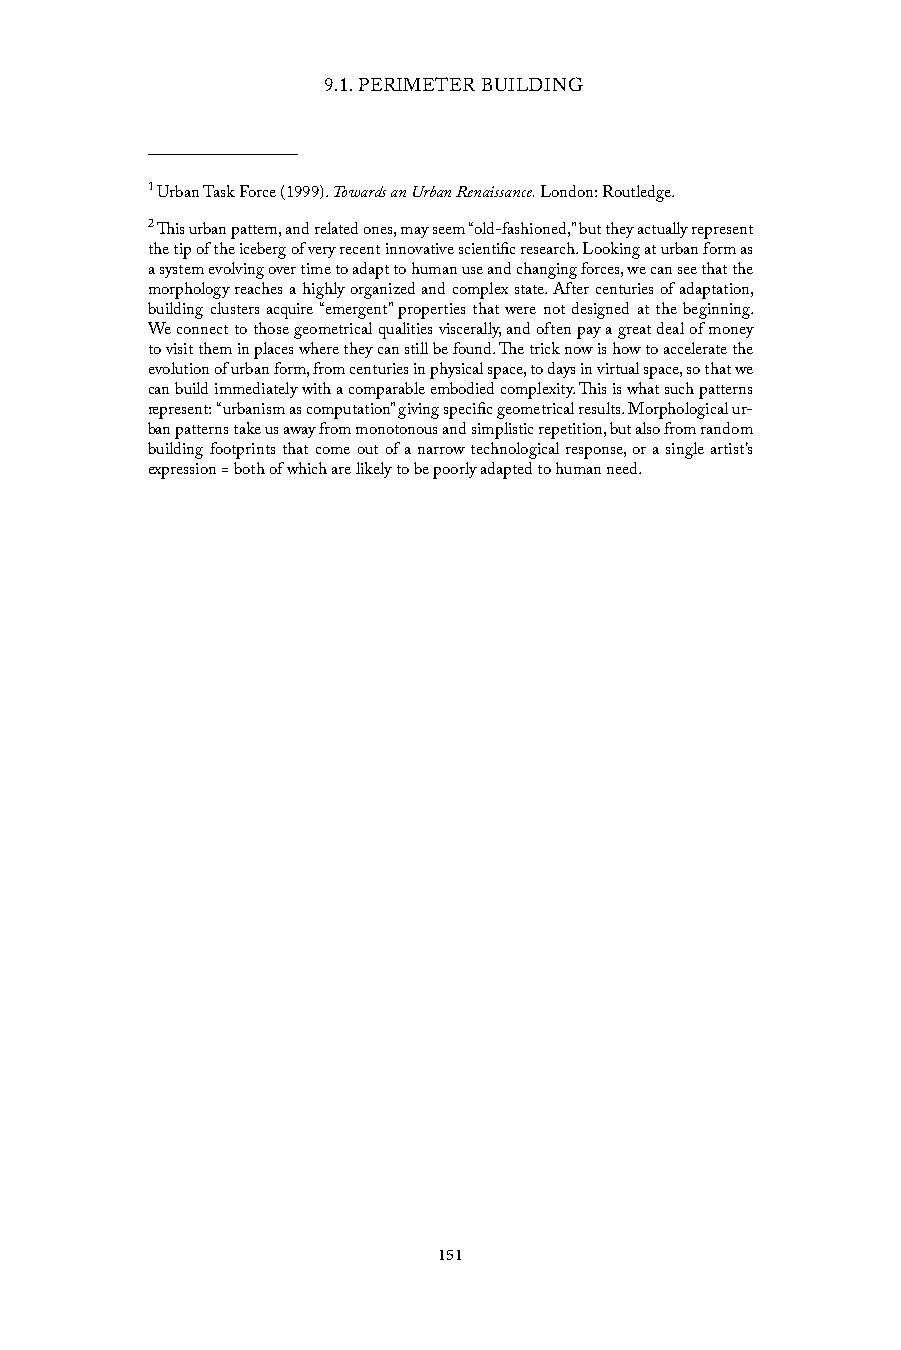
9.1. PERIMETER BUILDING
 1 Urban Task Force (1999). Towards an Urban Renaissance. London: Routledge.
 2 This urban pattern, and related ones, may seem “old-fashioned,” but they actually represent
 the tip of the iceberg of very recent innovative scientific research. Looking at urban form as
 a system evolving over time to adapt to human use and changing forces, we can see that the
 morphology reaches a highly organized and complex state. After centuries of adaptation,
 building clusters acquire “emergent” properties that were not designed at the beginning.
 We connect to those geometrical qualities viscerally, and often pay a great deal of money
 to visit them in places where they can still be found. The trick now is how to accelerate the
 evolution of urban form, from centuries in physical space, to days in virtual space, so that we
 can build immediately with a comparable embodied complexity. This is what such patterns
 represent: “urbanism as computation” giving specific geometrical results. Morphological ur-
 ban patterns take us away from monotonous and simplistic repetition, but also from random
 building footprints that come out of a narrow technological response, or a single artist’s
 expression = both of which are likely to be poorly adapted to human need.
 151